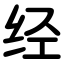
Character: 经